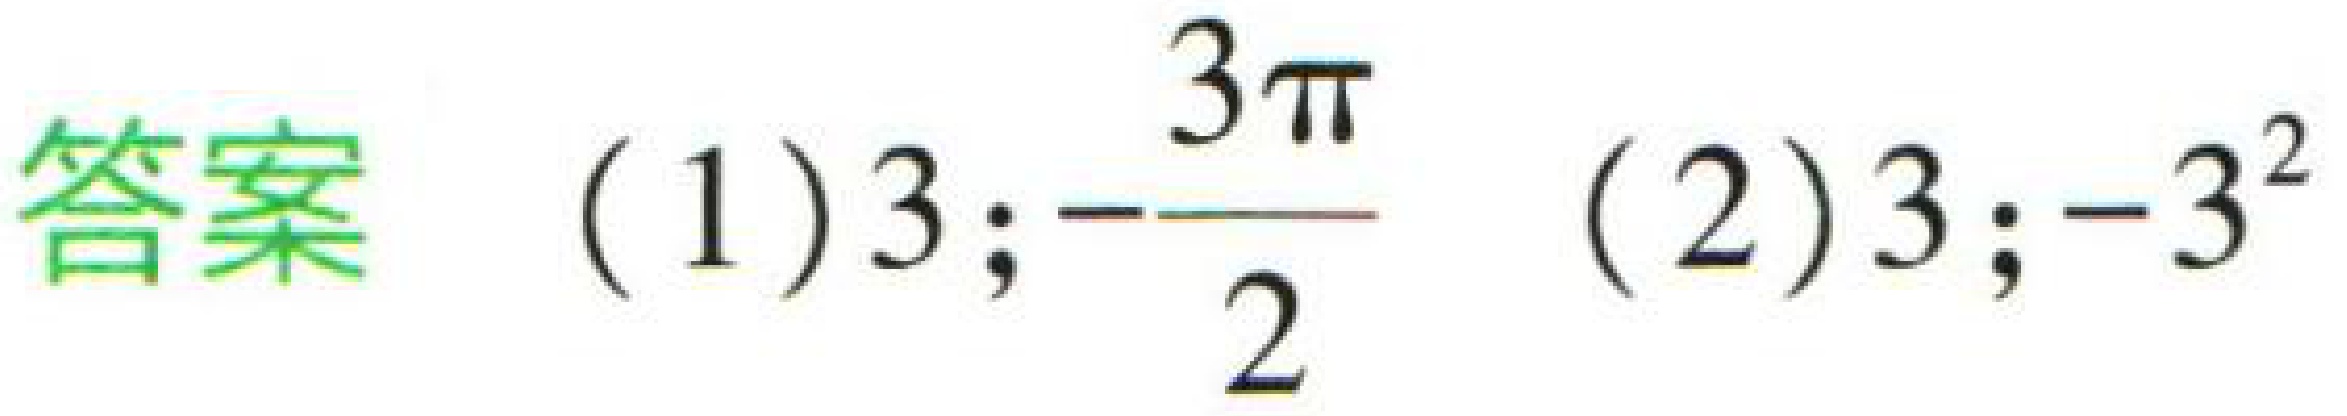
答案 (1)$3;-\dfrac{3\pi}{2}$ (2)$3;-3^{2}$